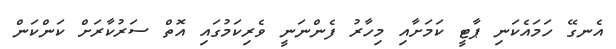
އެނގޭ ހަމައެކަނި ޕާޓީ ކަމަށާއި މިހާރު ފެންނަނީ ވެރިކަމުގައި އޮތް ސަރުކާރަށް ކަންކަން